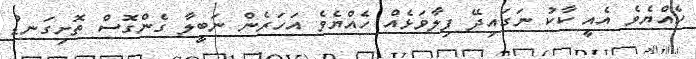
ހެއްޔެވެ އެއީ ކާކު ނަގައިދޭ ފިލާވަޅެއް ހެއްޔެވެ އަހަރެން ނަބީލާ ގެންގޮސް ތޮށިގަނޑު